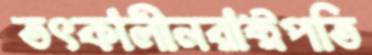
তৎকালীনরাষ্ট্রপতি